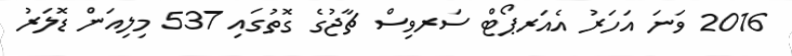
2016 ވަނަ އަހަރު އެއަރޕޯޓް ސަރވިސް ޗާޖުގެ ގޮތުގައި 537 މިލިއަން ޑޮލަރު